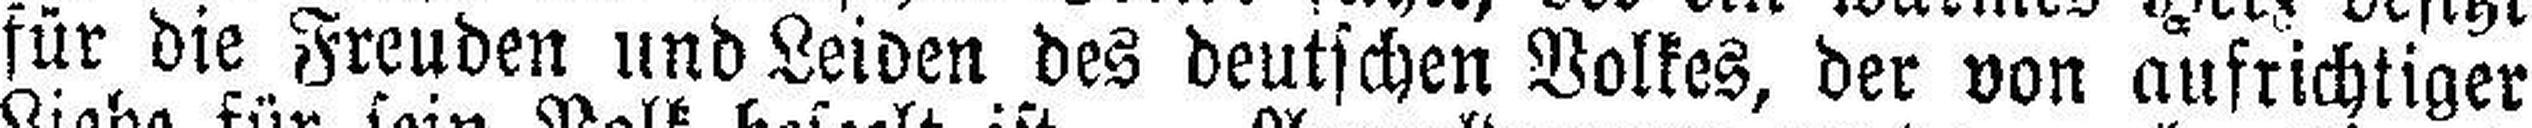
für die Freuden und Leiden des deutschen Volkes, der von aufrichtiger